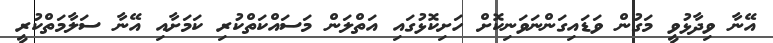
އޭނާ ވިދާޅުވީ މަގުން ވަޑައިގަންނަވަނިކޮށް ހަށިކޮޅުގައި އަތްލަން މަސައްކަތްކުރި ކަމަށާއި އޭނާ ސަލާމަތްކުރީ